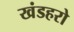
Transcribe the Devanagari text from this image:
खंडहरो